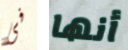
فى أنها